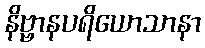
နိဗ္ဗာနပရိယောသာနာ